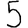
Digit: 5